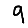
Digit: 9